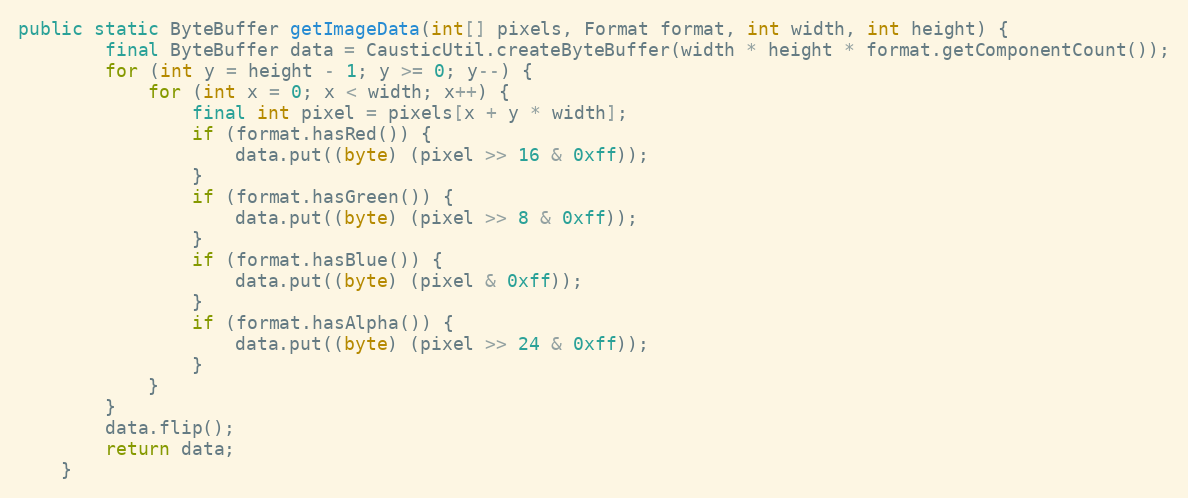
Language: Java
public static ByteBuffer getImageData(int[] pixels, Format format, int width, int height) {
        final ByteBuffer data = CausticUtil.createByteBuffer(width * height * format.getComponentCount());
        for (int y = height - 1; y >= 0; y--) {
            for (int x = 0; x < width; x++) {
                final int pixel = pixels[x + y * width];
                if (format.hasRed()) {
                    data.put((byte) (pixel >> 16 & 0xff));
                }
                if (format.hasGreen()) {
                    data.put((byte) (pixel >> 8 & 0xff));
                }
                if (format.hasBlue()) {
                    data.put((byte) (pixel & 0xff));
                }
                if (format.hasAlpha()) {
                    data.put((byte) (pixel >> 24 & 0xff));
                }
            }
        }
        data.flip();
        return data;
    }